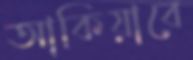
আকিয়াবে